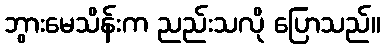
ဘွားမေသိန်းက ညည်းသလို ပြောသည်။